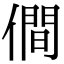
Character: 僴